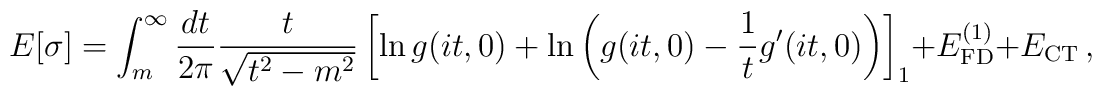
E[\sigma]=\int_m^\infty\frac{dt}{2\pi}\frac{t}{\sqrt{t^2-m^2}}\left[\ln g(it,0)+\ln\left(g(it,0)-\frac{1}{t}g^\prime(it,0) \right)\right]_{1}+ E_{\rm FD}^{(1)} + E_{\rm CT}\, ,